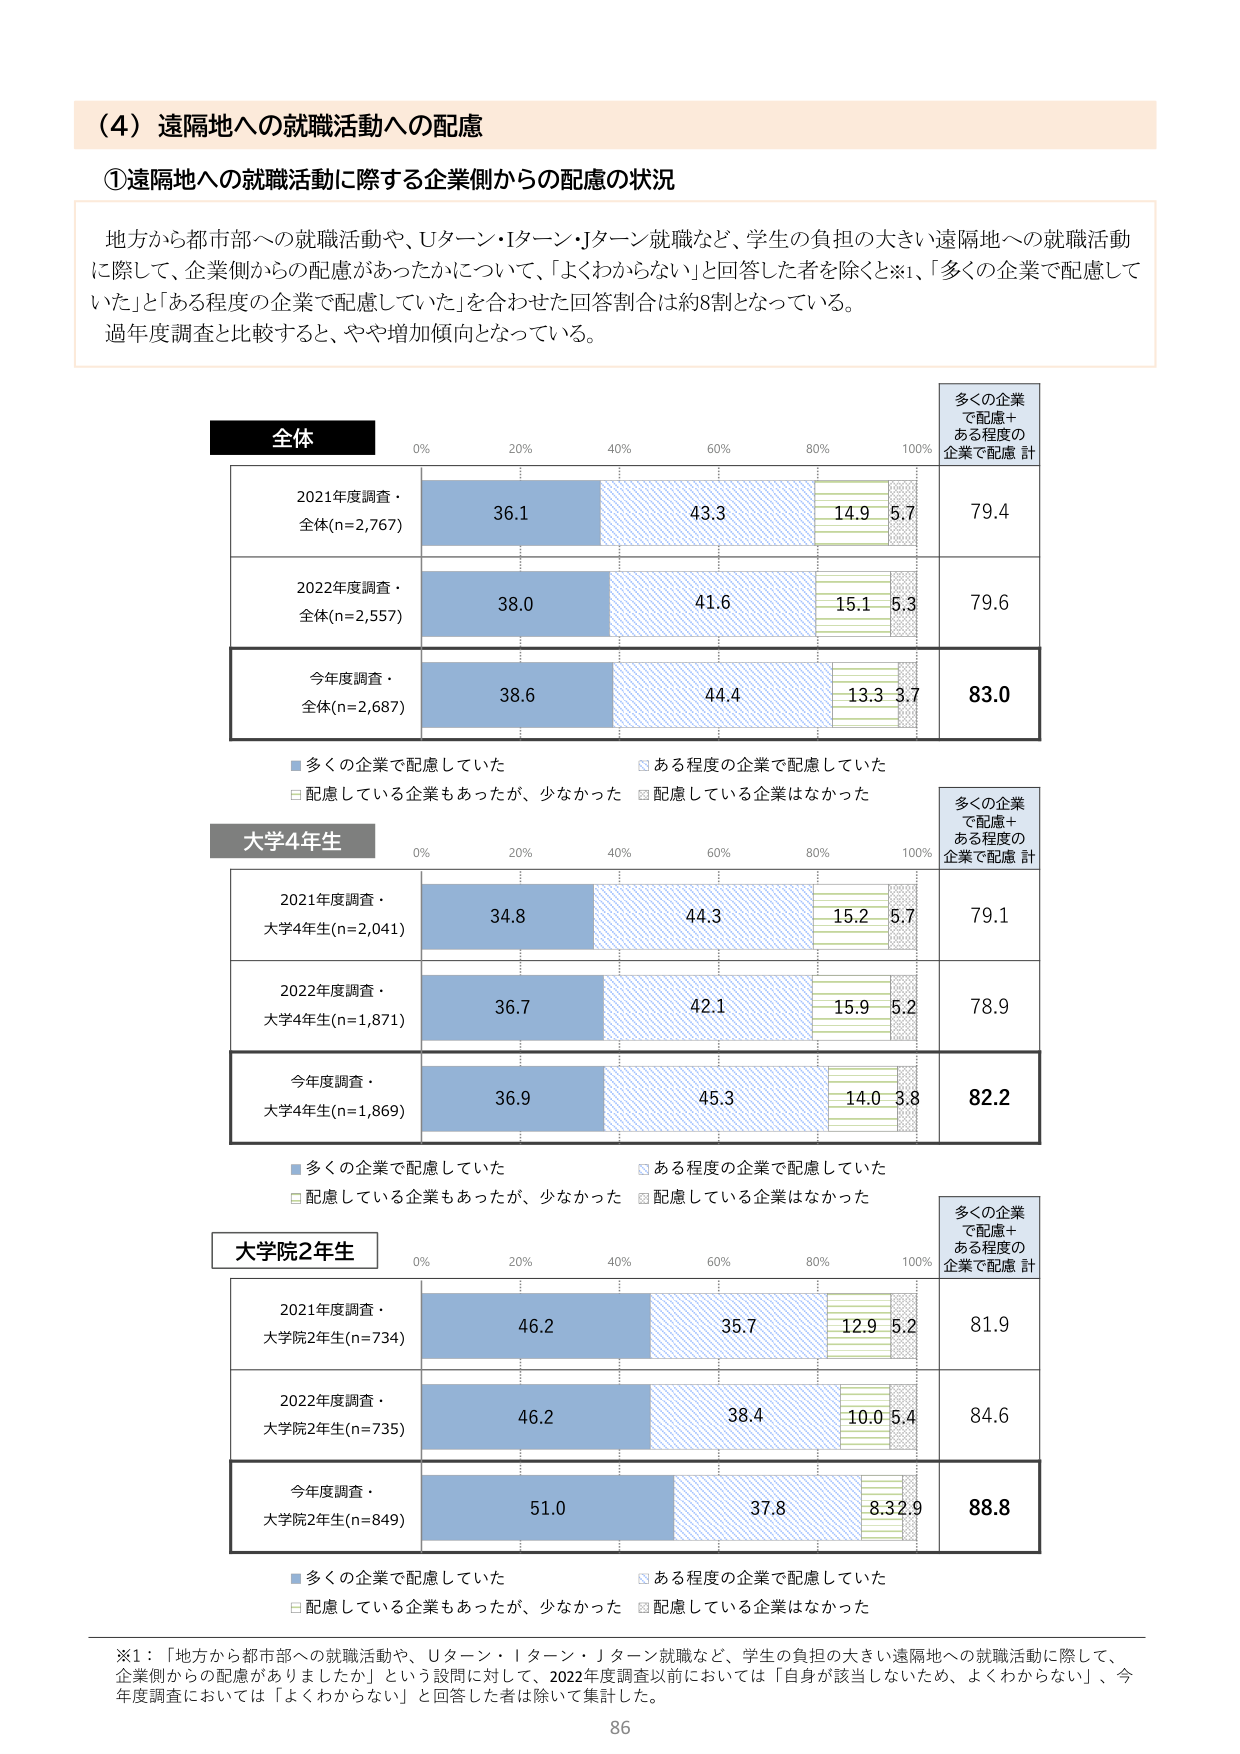
（4）遠隔地への就職活動への配慮

①遠隔地への就職活動に際する企業側からの配慮の状況

地方から都市部への就職活動や、Uターン・Iターン・Jターン就職など、学生の負担の大きい遠隔地への就職活動に際して、企業側からの配慮があったかについて、「よくわからない」と回答した者を除くと※1、「多くの企業で配慮していた」と「ある程度の企業で配慮していた」を合わせた回答割合は約8割となっている。過年度調査と比較すると、やや増加傾向となっている。

全体
0% 20% 40% 60% 80% 100%
2021年度調査・全体(n=2,767) 36.1 43.3 14.9 5.7 79.4
2022年度調査・全体(n=2,557) 38.0 41.6 15.1 5.3 79.6
今年度調査・全体(n=2,687) 38.6 44.4 13.3 3.7 83.0

■多くの企業で配慮していた
□ある程度の企業で配慮していた
□配慮している企業もあったが、少なかった
□配慮している企業はなかった

大学4年生
0% 20% 40% 60% 80% 100%
2021年度調査・大学4年生(n=2,041) 34.8 44.3 15.2 5.7 79.1
2022年度調査・大学4年生(n=1,871) 36.7 42.1 15.9 5.2 78.9
今年度調査・大学4年生(n=1,869) 36.9 45.3 14.0 3.8 82.2

■多くの企業で配慮していた
□ある程度の企業で配慮していた
□配慮している企業もあったが、少なかった
□配慮している企業はなかった

大学院2年生
0% 20% 40% 60% 80% 100%
2021年度調査・大学院2年生(n=734) 46.2 35.7 12.9 5.2 81.9
2022年度調査・大学院2年生(n=735) 46.2 38.4 10.0 5.4 84.6
今年度調査・大学院2年生(n=849) 51.0 37.8 8.3 2.9 88.8

■多くの企業で配慮していた
□ある程度の企業で配慮していた
□配慮している企業もあったが、少なかった
□配慮している企業はなかった

※1：「地方から都市部への就職活動や、Uターン・Iターン・Jターン就職など、学生の負担の大きい遠隔地への就職活動に際して、企業側からの配慮がありましたか」という設問に対して、2022年度調査以前においては「自身が該当しないため、よくわからない」、今年度調査においては「よくわからない」と回答した者は除いて集計した。

86